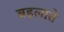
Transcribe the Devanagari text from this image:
बहलाते